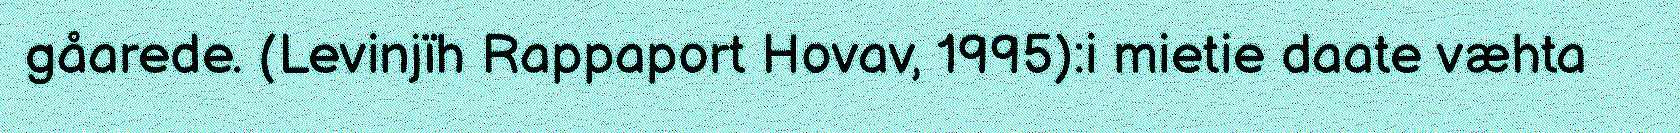
gåarede. (Levinjïh Rappaport Hovav, 1995):i mietie daate væhta